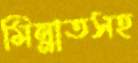
মিন্নাতসহ